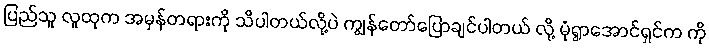
ပြည်သူ လူထုက အမှန်တရားကို သိပါတယ်လို့ပဲ ကျွန်တော်ပြောချင်ပါတယ် လို့ မုံရွာအောင်ရှင်က ကို